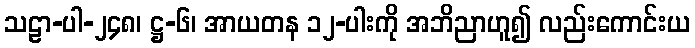
သဠာ-ပါ-၂၄၈၊ ဋ္ဌ-၆၊ အာယတန ၁၂-ပါးကို အဘိညာဟူ၍ လည်းကောင်းယ